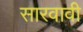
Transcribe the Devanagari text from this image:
सारवावी